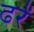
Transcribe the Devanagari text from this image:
ढरें